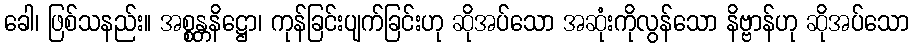
ခေါ၊ ဖြစ်သနည်း။ အစ္စန္တနိဋ္ဌော၊ ကုန်ခြင်းပျက်ခြင်းဟု ဆိုအပ်သော အဆုံးကိုလွန်သော နိဗ္ဗာန်ဟု ဆိုအပ်သော